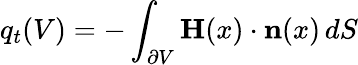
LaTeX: q_{t}(V)=-\int_{\partial V}\mathbf{H}(x)\cdot\mathbf{n}(x)\, dS